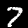
Label: 7